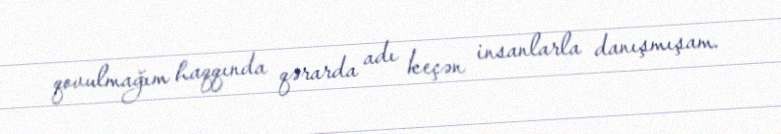
qovulmağım haqqında qərarda adı keçən insanlarla danışmışam.